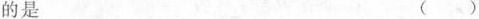
的是 ()